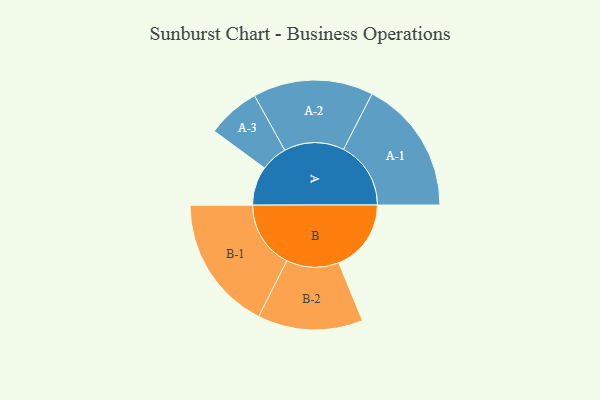
{"axis": {"x": "Segment", "y": "Value"}, "legend": ["", "A", "B"], "data": [{"x": "A", "y": 151, "type": ""}, {"x": "B", "y": 281, "type": ""}, {"x": "A-1", "y": 261, "type": "A"}, {"x": "A-2", "y": 233, "type": "A"}, {"x": "A-3", "y": 103, "type": "A"}, {"x": "B-1", "y": 262, "type": "B"}, {"x": "B-2", "y": 204, "type": "B"}]}